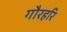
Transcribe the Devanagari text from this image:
गौरहरि